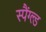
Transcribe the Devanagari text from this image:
स्पैंग्ल्ड